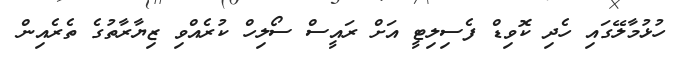
ހުޅުމާލޭގައި ހެދި ކޮވިޑް ފެސިލިޓީ އަށް ރައީސް ސޯލިހް ކުރެއްވި ޒިޔާރާތުގެ ތެރެއިން